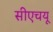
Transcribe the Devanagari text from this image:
सीएचयू